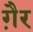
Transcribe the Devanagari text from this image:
गै़र